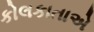
કોલકાતાએ